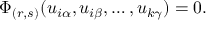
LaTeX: \Phi _ { ( r , s ) } ( u _ { i \alpha } , u _ { i \beta } , \ldots , u _ { k \gamma } ) = 0 .